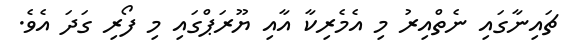
ޗައިނާގައި ނެތްއިރު މި އެމެރިކާ އާއި ޔޫރަޕްގައި މި ފޯރި ގަދަ އެވެ.